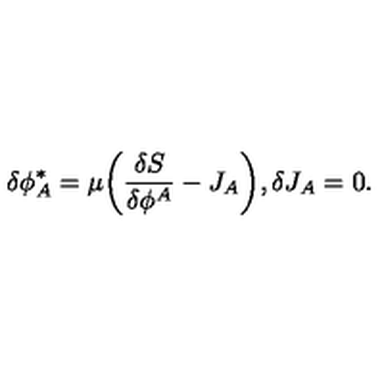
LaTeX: \delta \phi _ { A } ^ { * } = \mu \bigg ( \frac { \delta S } { \delta \phi ^ { A } } - J _ { A } \bigg ) , \delta J _ { A } = 0 .